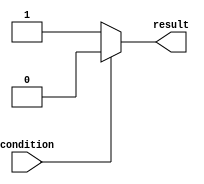
module if_else_statement(
    input wire condition,
    output reg result
);

always @(*)
begin
    if (~condition) begin
        // execute this block of code if condition is false
        result <= 1'b1;
    end
    else begin
        // execute this block of code if condition is true
        result <= 1'b0;
    end
end

endmodule